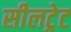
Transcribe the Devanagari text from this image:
सीलट्रेट